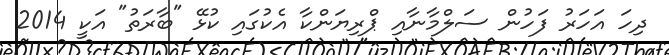
ދިހަ އަހަރު ފަހުން ސަލްމާނާއި ޕްރިޔަންކާ އެކުގައި ކުޅޭ "ބާރަތު" އަކީ 2014